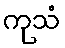
ကုသံ